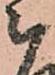
被